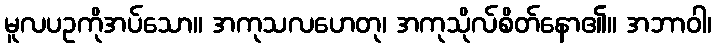
မူလပဥကိုအပ်သော။ အကုသလဟေတု၊ အကုသိုလ်စိတ်နော၏။ အဘာဝါ၊